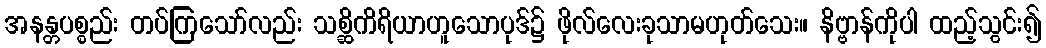
အနန္တပစ္စည်း တပ်ကြသော်လည်း သစ္ဆိကိရိယာဟူသောပုဒ်၌ ဖိုလ်လေးခုသာမဟုတ်သေး။ နိဗ္ဗာန်ကိုပါ ထည့်သွင်း၍